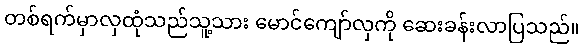
တစ်ရက်မှာလှထုံသည်သူ့သား မောင်ကျော်လှကို ဆေးခန်းလာပြသည်။